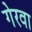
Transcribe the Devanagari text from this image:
गेरवा